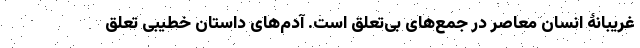
غریبانۀ انسان معاصر در جمع‌های بی‌تعلق است. آدم‌های داستان خطیبی تعلق